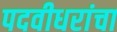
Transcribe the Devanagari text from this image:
पदवीधरांचा